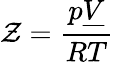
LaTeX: \mathcal{Z}={\frac{{p{\underline{{{V}}}}}}{{RT}}}